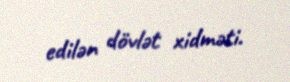
edilən dövlət xidməti.